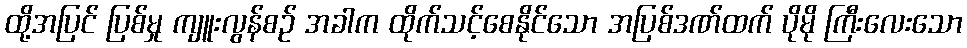
ထို့အပြင် ပြစ်မှု ကျူးလွန်စဉ် အခါက ထိုက်သင့်စေနိုင်သော အပြစ်ဒဏ်ထက် ပိုမို ကြီးလေးသော